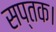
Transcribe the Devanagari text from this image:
सप्तक।